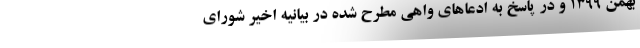
بهمن ۱۳۹۹ و در پاسخ به ادعاهای واهی مطرح شده در بیانیه اخیر شورای